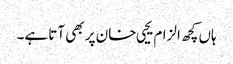
ہاں کچھ الزام یحیی خان پر بھی آتا ہے۔